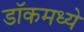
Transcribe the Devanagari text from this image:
डॉकमध्ये